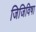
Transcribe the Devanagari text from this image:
जिजिविषा